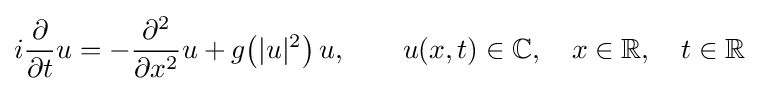
i{\frac {\partial }{\partial t}}u=-{\frac {\partial ^{2}}{\partial x^{2}}}u+g\!\left(|u|^{2}\right)u,\qquad u(x,t)\in \mathbb {C} ,\quad x\in \mathbb {R} ,\quad t\in \mathbb {R}